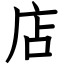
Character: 店